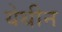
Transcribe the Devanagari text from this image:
येथीन